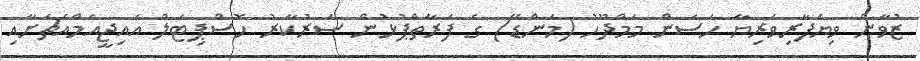
ޒުވާން ވިޔަފާރިވެރިޔާ ހަސަން މަމްދޫހު (މަންޑޭ) ގެ ފަރާތްޕުޅުން ސަރުކާރު ހޮސްޕިޓަލް އައިޖީއެމްއެޗަށާއި